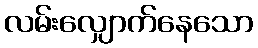
လမ်းလျှောက်နေသော